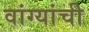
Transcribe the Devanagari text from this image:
वांग्यांची